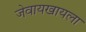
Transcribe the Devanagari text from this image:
जेवायखायला